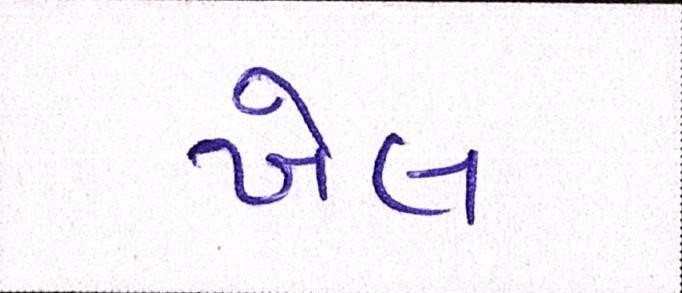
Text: ખેલ